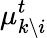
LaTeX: \mu_{k\setminus i}^{t}